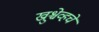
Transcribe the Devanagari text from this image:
ख्रुश्चेव्हचे